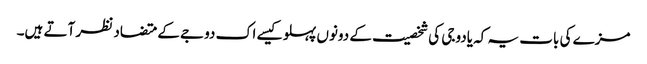
مزے کی بات یہ کہ یادوجی کی شخصیت کے دونوں پہلو کیسے اک دوجے کے متضاد نظر آتے ہیں۔